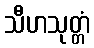
သီဟသုတ္တံ